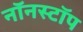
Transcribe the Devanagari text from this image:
नॉनस्‍टॉप